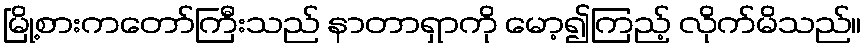
မြို့စားကတော်ကြီးသည် နာတာရှာကို မော့၍ကြည့် လိုက်မိသည်။